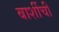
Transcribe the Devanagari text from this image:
बार्शीची